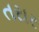
તરાર